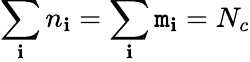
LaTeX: \sum_{\mathbf{i}}n_{\mathbf{i}}=\sum_{\mathbf{i}}\mathtt{m}_{\mathbf{i}}=N_{c}